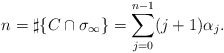
\begin{align*} n= \sharp\{C\cap\sigma_{\infty}\}= \sum_{j=0}^{ n-1} (j+1)\alpha_j.\end{align*}